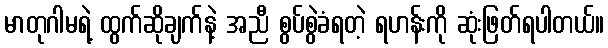
မာတုဂါမရဲ့ ထွက်ဆိုချက်နဲ့ အညီ စွပ်စွဲခံရတဲ့ ရဟန်းကို ဆုံးဖြတ်ရပါတယ်။